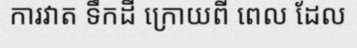
ការវាត ទឹកដី ក្រោយពី ពេល ដែល